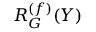
R _ { G } ^ { ( f ) } ( Y )